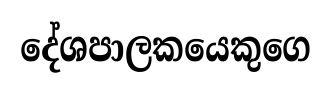
දේශපාලකයෙකුගෙ